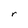
Character: r